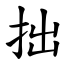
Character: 拙